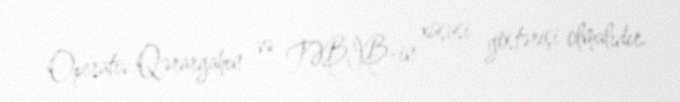
Operativ Qərargahın və TƏBİB-in xüsusi göstərişi olmalıdır.